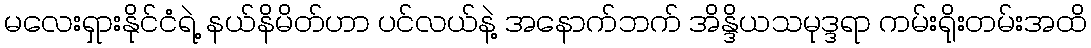
မလေးရှားနိုင်ငံရဲ့ နယ်နိမိတ်ဟာ ပင်လယ်နဲ့ အနောက်ဘက် အိန္ဒိယသမုဒ္ဒရာ ကမ်းရိုးတမ်းအထိ